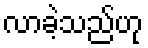
လာခဲ့သည်ဟု